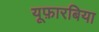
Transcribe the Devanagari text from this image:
यूफ़ारबिया